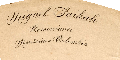
Comeiciante